Problem: 34 + 22 = ?
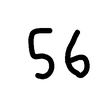
Handwritten answer: 56